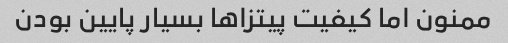
ممنون اما کیفیت پیتزاها بسیار پایین بودن